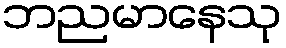
ဘညမာနေသု